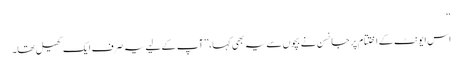
‘‘
اس ایونٹ کے اختتام پر جانسن نے بچوں سے یہ بھی کہا، ’’آپ کے لیے یہ صرف ایک کھیل تھا۔